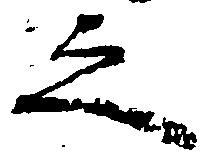
之